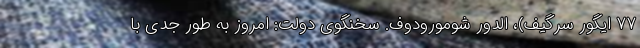
۷۷ ایگور سرگیف)، الدور شومورودوف. سخنگوی دولت: امروز به طور جدی با